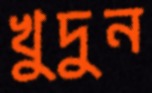
খুদুন